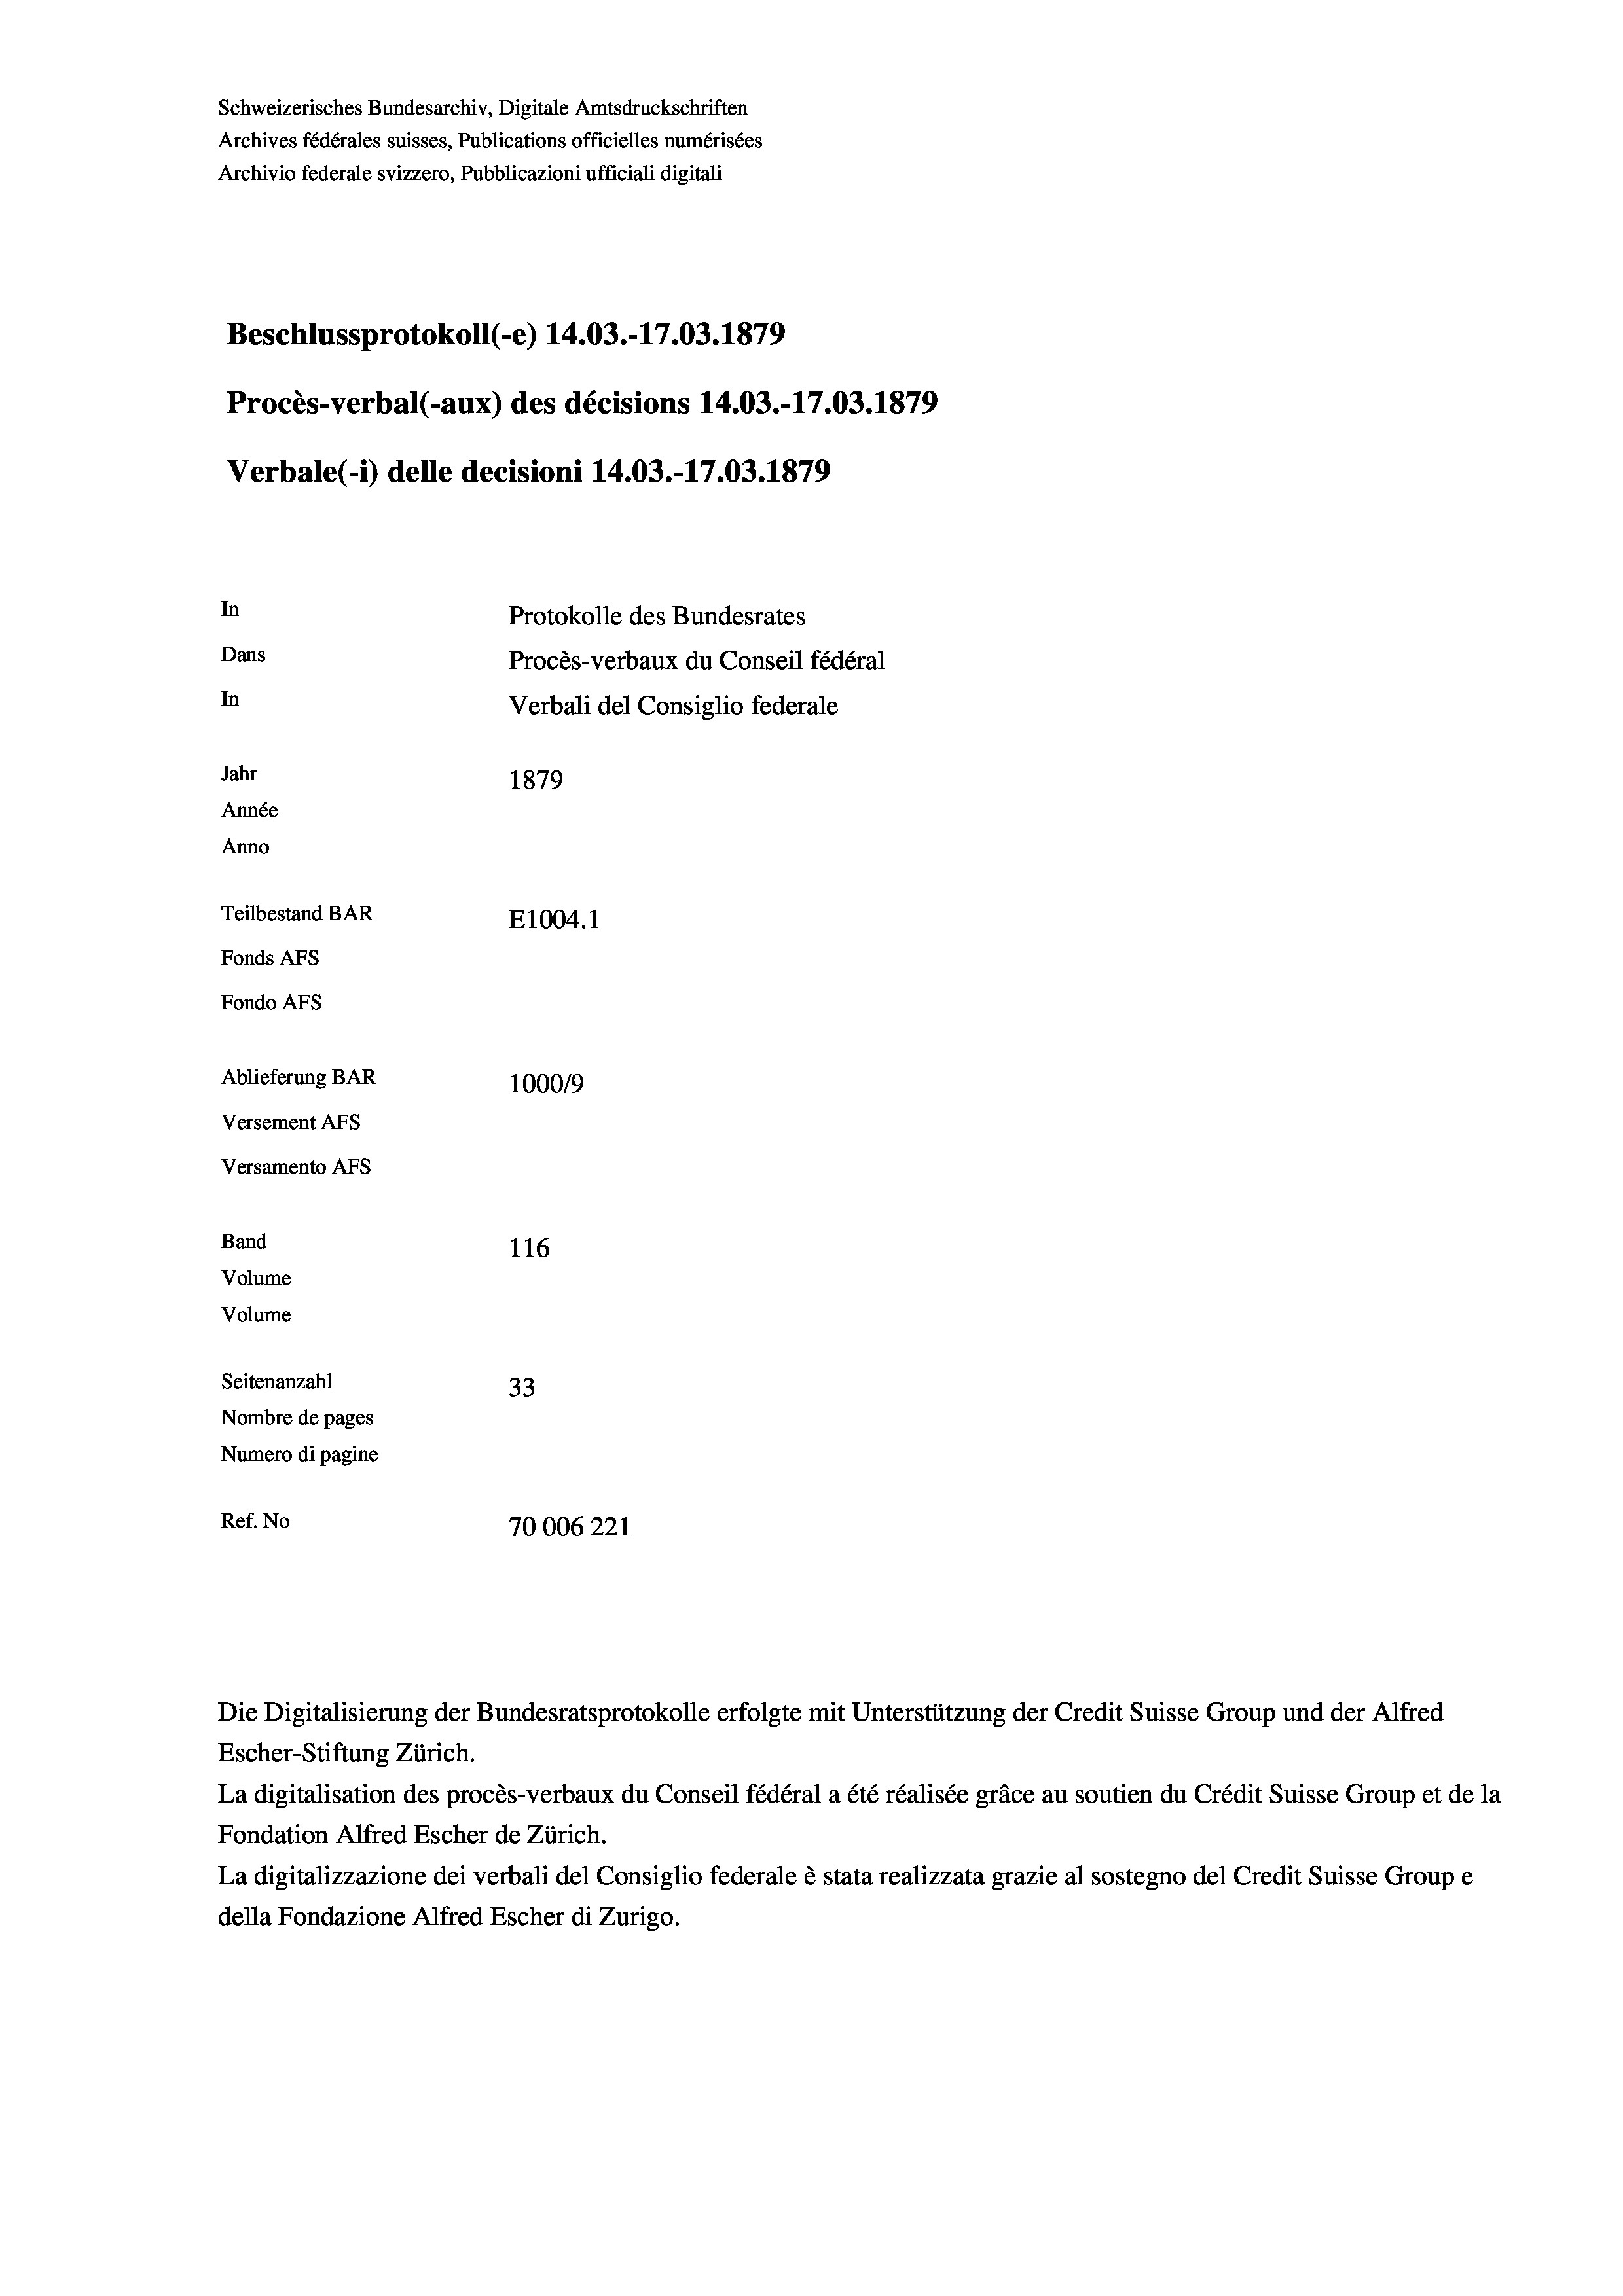
Schweizerisches Bundesarchiv, Digitale Amtsdruckschriften
Archives fédérales suisses, Publications officielles numérisées
Archivio federale svizzero, Pubblicazioni ufficiali digitali
Beschlussprotokoll (-e) 14.03.-17.03. 1879
Procès-verbal (-aux) des décisions 14.03.-17.03. 1879
Verbale (i) delle decisioni 14.03.-17.03. 1879
In
Protokolle des Bundesrates
Dans
Procès-verbaux du Conseil fédéral
In
Verbali del Consiglio federale
Jahr
1879
Année
Anno
Teilbestand BAR
E1004.1
Fonds AFs
Fondo AFs
Ablieferung BAR
100019
Versement AFs
Versamento AFs
Band
116
Volume
Volume

Seitenanzahl
33
Nombre de pages
Numero di pagine
Ref. No
70006221

Die Digitalisierung der Bundesratsprotokolle erfolgte mit Unterstützung der Credit Suisse Group und der Alfred
Escher-Stiftung Zürich.
La digitalisation des procès-verbaux du Conseil fédéral a été réalisée gräce au soutien du Crédit Suisse Group et de la
Fondation Alfred Escher de Zürich.
La digitalizzazione dei verbali del Consiglio federale è stata realizzata grazie al sostegno del Credit Suisse Groupe
della Fondazione Alfred Escher di Zurigo.